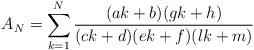
LaTeX: \begin{align*}A_N=\sum_{k=1}^{N}{\frac{(ak+b)(gk+h)}{(ck+d)(ek+f)(lk+m)}} \end{align*}